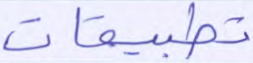
تطبيقات